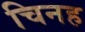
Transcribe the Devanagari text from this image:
चिनह